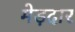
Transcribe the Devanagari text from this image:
मेड़दार